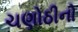
ચણોઠીનો